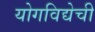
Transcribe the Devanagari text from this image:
योगविद्येची